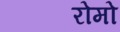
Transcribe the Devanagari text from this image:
रोमो